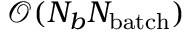
\mathcal { O } ( N _ { b } N _ { \mathrm { b a t c h } } )